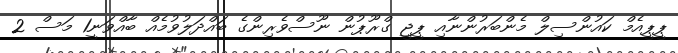
ޕީޕީއެމް ކައުންސިލް މެންބަރުންނާއި ޕީޖީ ގްރޫޕުން ނޫސްވެރިންގެ ބައްދަލުވުމެއް ބާއްވަނީ1 މަސް 2